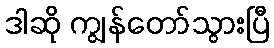
ဒါဆို ကျွန်တော်သွားပြီ